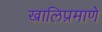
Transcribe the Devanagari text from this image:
खालिप्रमाणे